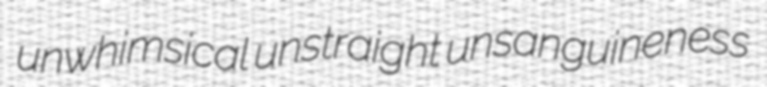
unwhimsical unstraight unsanguineness